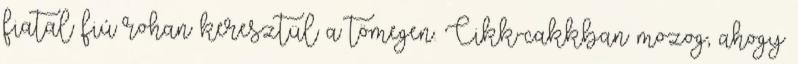
fiatal fiú rohan keresztül a tömegen. Cikk-cakkban mozog, ahogy